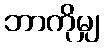
ဘာကိုမျှ